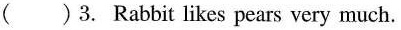
( )3. Rabbit likes pears very much.